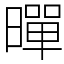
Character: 暺